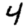
Digit: 4